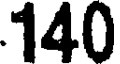
140